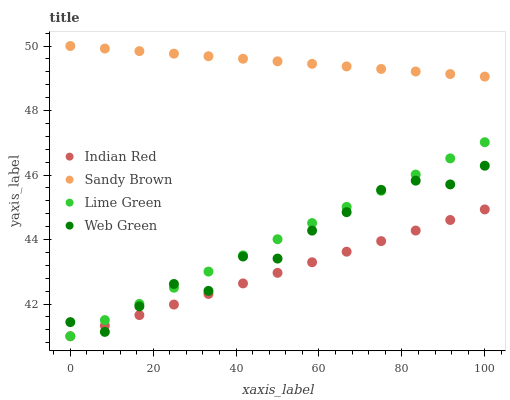
| xaxis_label | Indian Red | Sandy Brown | Lime Green | Web Green |
 | --- | --- | --- | --- | --- |
 | 0 | 41 | 50 | 41 | 41.4 |
 | 8.33 | 41.3 | 49.9 | 41.5 | 41.1 |
 | 16.7 | 41.7 | 49.8 | 42 | 41.9 |
 | 25 | 42 | 49.8 | 42.5 | 42.6 |
 | 33.3 | 42.3 | 49.7 | 43 | 42.4 |
 | 41.7 | 42.6 | 49.6 | 43.5 | 43.5 |
 | 50 | 43 | 49.5 | 44 | 43.4 |
 | 58.3 | 43.3 | 49.4 | 44.5 | 44.3 |
 | 66.7 | 43.6 | 49.4 | 45 | 44.8 |
 | 75 | 43.9 | 49.3 | 45.5 | 45.5 |
 | 83.3 | 44.3 | 49.2 | 46 | 45.8 |
 | 91.7 | 44.6 | 49.1 | 46.5 | 45.7 |
 | 100 | 44.9 | 49.1 | 47 | 46.3 |